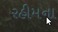
રહીમના